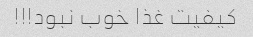
کیفیت غذا خوب نبود!!!